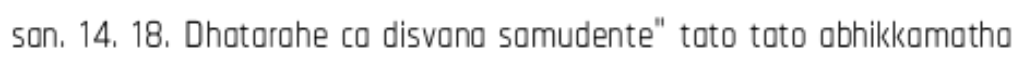
san. 14. 18. Dhatarahe ca disvana samudente" tato tato abhikkamatha